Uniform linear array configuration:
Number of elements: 8
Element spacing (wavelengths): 0.25
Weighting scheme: hann
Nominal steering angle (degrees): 30
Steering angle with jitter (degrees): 28.82
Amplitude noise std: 0.05
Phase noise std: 0.05

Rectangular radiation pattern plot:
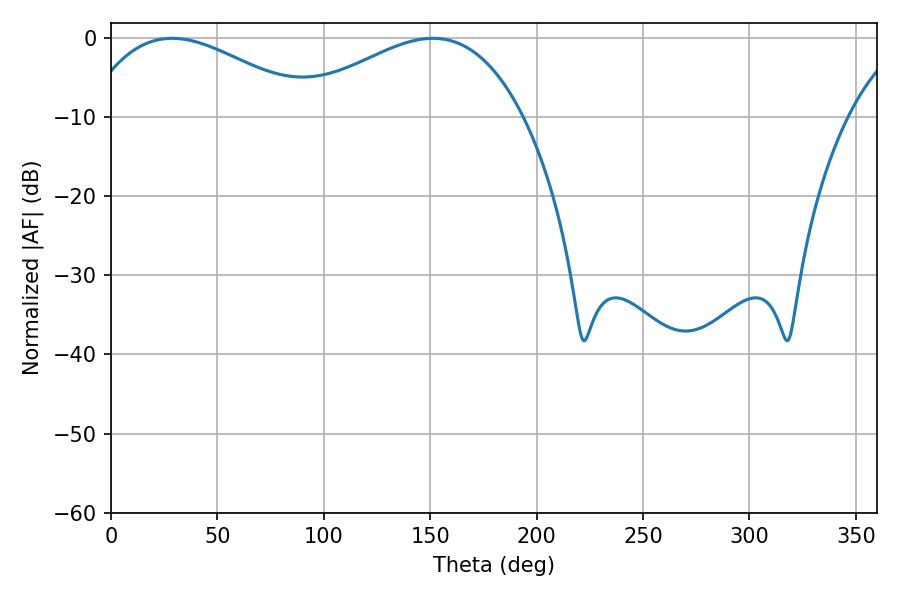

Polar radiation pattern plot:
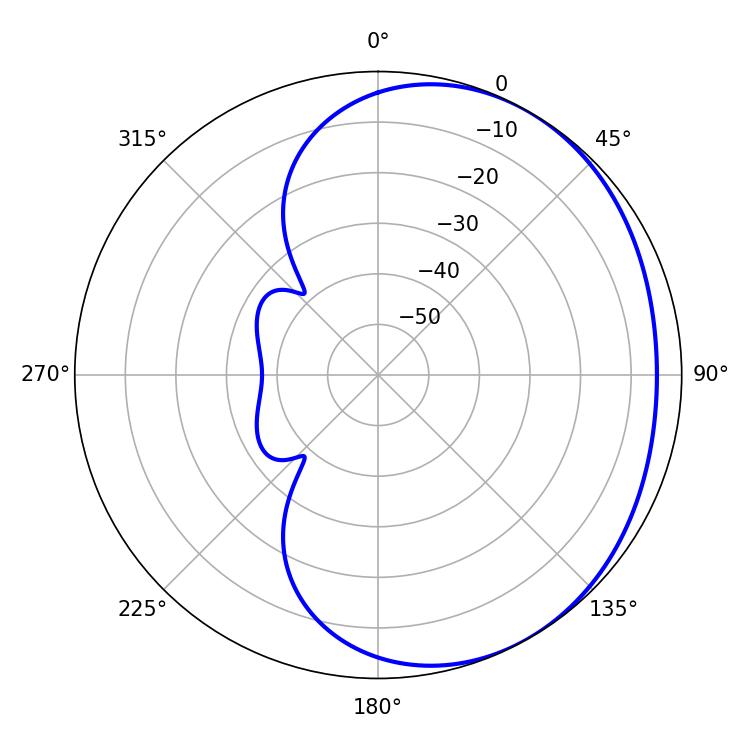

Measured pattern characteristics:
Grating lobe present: FALSE
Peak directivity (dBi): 2.274
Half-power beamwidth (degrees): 59.22
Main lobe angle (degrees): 28.8